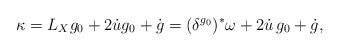
LaTeX: \begin{align*}\kappa = L_Xg_0+2\dot ug_0+\dot g=(\delta^{g_0})^{\ast}\omega+2\dot u\, g_0+\dot g,\end{align*}